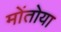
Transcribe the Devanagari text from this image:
मोंतोया